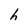
Character: h